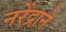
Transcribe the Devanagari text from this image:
नरेंद्राने